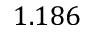
1 . 1 8 6